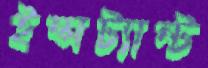
ইন্সট্যান্ট